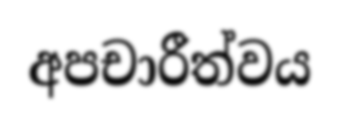
අපචාරීත්වය